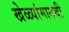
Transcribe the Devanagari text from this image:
खेळ्यांमागची